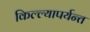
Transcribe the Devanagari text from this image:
किल्ल्यापर्यन्त